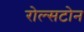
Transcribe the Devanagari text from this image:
रोल्सटोन